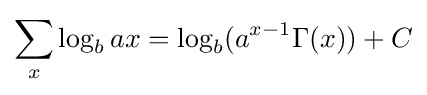
\sum _{x}\log _{b}ax=\log _{b}(a^{x-1}\Gamma (x))+C